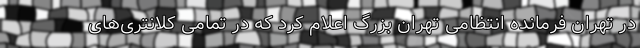
در تهران فرمانده انتظامی تهران بزرگ اعلام کرد که در تمامی کلانتری‌های